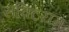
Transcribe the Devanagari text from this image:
सक्टियम